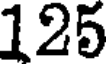
125